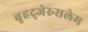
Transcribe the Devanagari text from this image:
बृहद्‌जेरुसलेम